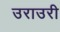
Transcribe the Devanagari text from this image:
उराउरी